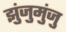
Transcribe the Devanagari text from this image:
झुंजुमुंजु